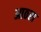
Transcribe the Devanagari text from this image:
आठरा